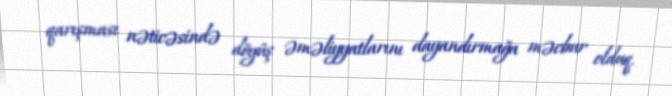
qarışması nəticəsində döyüş əməliyyatlarını dayandırmağa məcbur olduq.